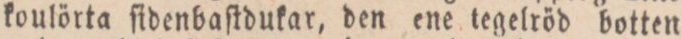
koulörta ſidenbaſtdukar, den ene tegelröd botten